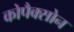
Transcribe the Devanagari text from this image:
कोपैक्सोन